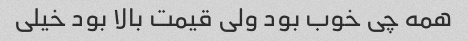
همه چی خوب بود ولی قیمت بالا بود خیلی